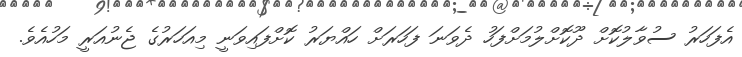
އެފަހަރު ސުވާލުކޮށް ދޫކޮށްލުމަށްފަހު ދެވަނަ ފަހަރަށް ހައްޔަރު ކޮށްފައިވަނީ މިއަހަރުގެ ޖެނުއަރީ މަހުއެވެ.